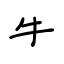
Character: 牛